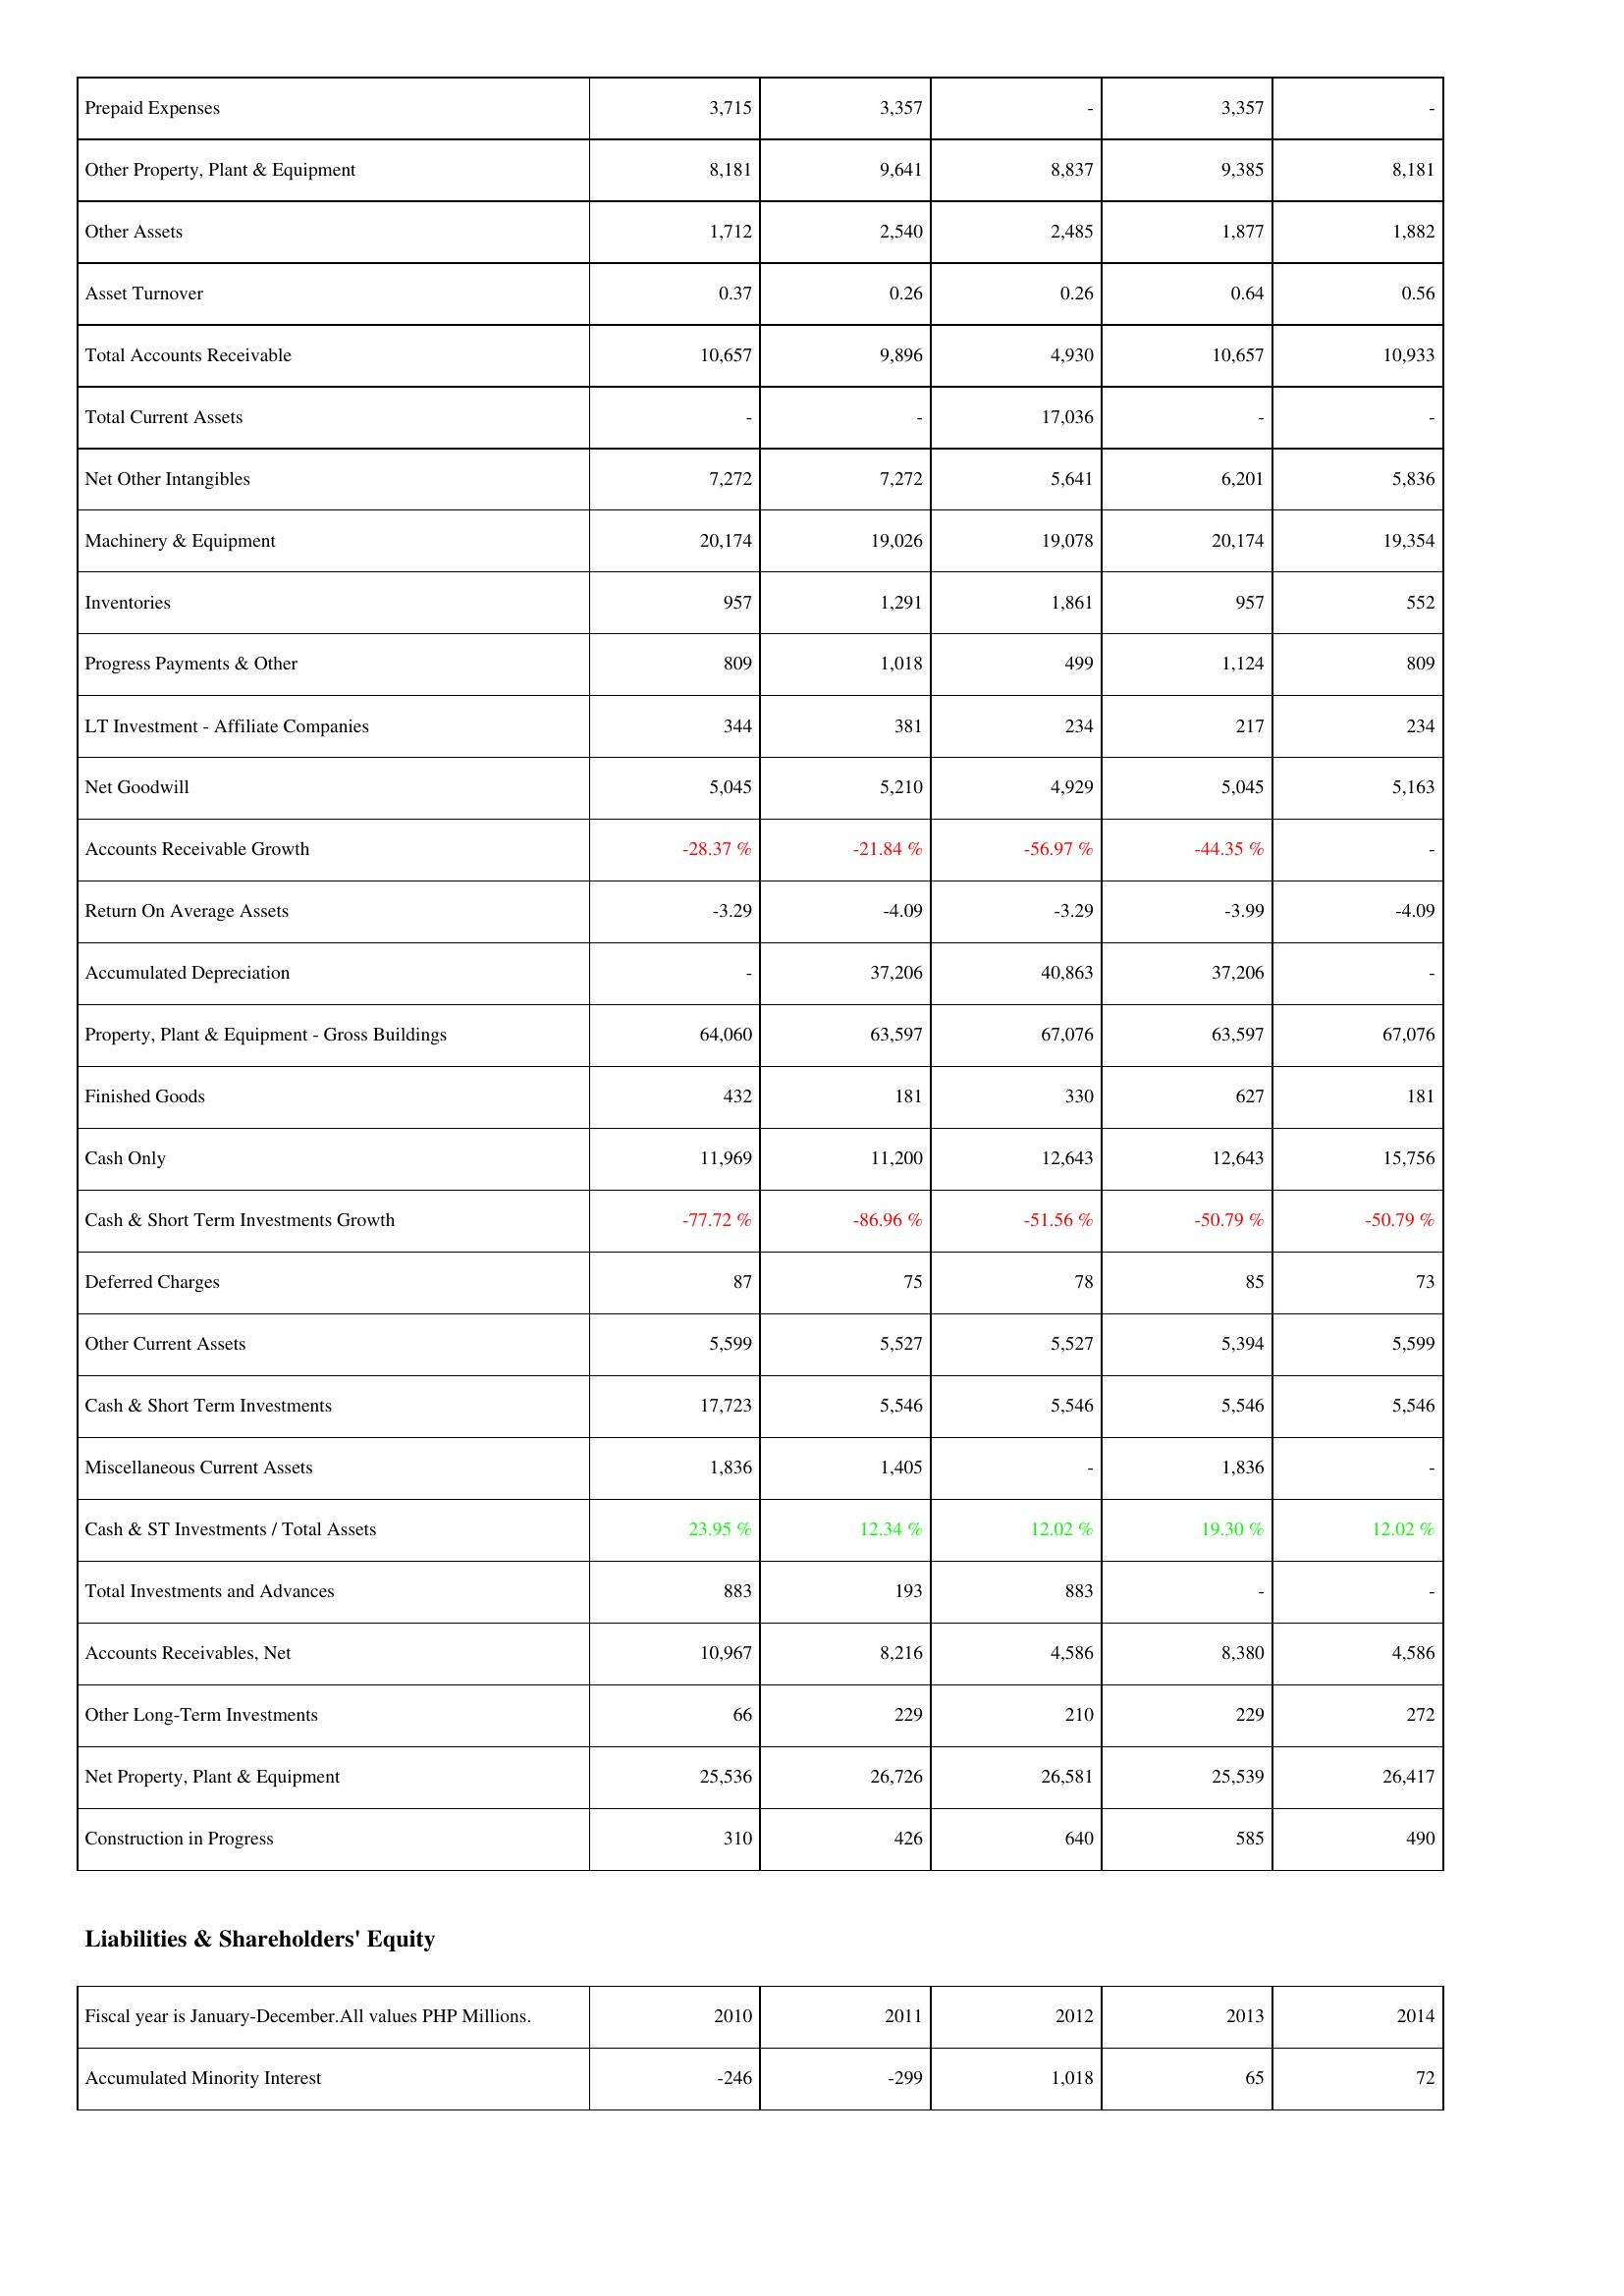
2010: Assets: Prepaid Expenses: 3,715
Other Property, Plant & Equipment: 8,181
Other Assets: 1,712
Asset Turnover: 0.37
Total Accounts Receivable: 10,657
Total Current Assets: -
Net Other Intangibles: 7,272
Machinery & Equipment: 20,174
Inventories: 957
Progress Payments & Other: 809
LT Investment - Affiliate Companies: 344
Net Goodwill: 5,045
Accounts Receivable Growth: -28.37 %
Return On Average Assets: -3.29
Accumulated Depreciation: -
Property, Plant & Equipment - Gross Buildings: 64,060
Finished Goods: 432
Cash Only: 11,969
Cash & Short Term Investments Growth: -77.72 %
Deferred Charges: 87
Other Current Assets: 5,599
Cash & Short Term Investments: 17,723
Miscellaneous Current Assets: 1,836
Cash & ST Investments / Total Assets: 23.95 %
Total Investments and Advances: 883
Accounts Receivables, Net: 10,967
Other Long-Term Investments: 66
Net Property, Plant & Equipment: 25,536
Construction in Progress: 310
Liabilities & Shareholders' Equity: Accumulated Minority Interest: -246
2011: Assets: Prepaid Expenses: 3,357
Other Property, Plant & Equipment: 9,641
Other Assets: 2,540
Asset Turnover: 0.26
Total Accounts Receivable: 9,896
Total Current Assets: -
Net Other Intangibles: 7,272
Machinery & Equipment: 19,026
Inventories: 1,291
Progress Payments & Other: 1,018
LT Investment - Affiliate Companies: 381
Net Goodwill: 5,210
Accounts Receivable Growth: -21.84 %
Return On Average Assets: -4.09
Accumulated Depreciation: 37,206
Property, Plant & Equipment - Gross Buildings: 63,597
Finished Goods: 181
Cash Only: 11,200
Cash & Short Term Investments Growth: -86.96 %
Deferred Charges: 75
Other Current Assets: 5,527
Cash & Short Term Investments: 5,546
Miscellaneous Current Assets: 1,405
Cash & ST Investments / Total Assets: 12.34 %
Total Investments and Advances: 193
Accounts Receivables, Net: 8,216
Other Long-Term Investments: 229
Net Property, Plant & Equipment: 26,726
Construction in Progress: 426
Liabilities & Shareholders' Equity: Accumulated Minority Interest: -299
2012: Assets: Prepaid Expenses: -
Other Property, Plant & Equipment: 8,837
Other Assets: 2,485
Asset Turnover: 0.26
Total Accounts Receivable: 4,930
Total Current Assets: 17,036
Net Other Intangibles: 5,641
Machinery & Equipment: 19,078
Inventories: 1,861
Progress Payments & Other: 499
LT Investment - Affiliate Companies: 234
Net Goodwill: 4,929
Accounts Receivable Growth: -56.97 %
Return On Average Assets: -3.29
Accumulated Depreciation: 40,863
Property, Plant & Equipment - Gross Buildings: 67,076
Finished Goods: 330
Cash Only: 12,643
Cash & Short Term Investments Growth: -51.56 %
Deferred Charges: 78
Other Current Assets: 5,527
Cash & Short Term Investments: 5,546
Miscellaneous Current Assets: -
Cash & ST Investments / Total Assets: 12.02 %
Total Investments and Advances: 883
Accounts Receivables, Net: 4,586
Other Long-Term Investments: 210
Net Property, Plant & Equipment: 26,581
Construction in Progress: 640
Liabilities & Shareholders' Equity: Accumulated Minority Interest: 1,018
2013: Assets: Prepaid Expenses: 3,357
Other Property, Plant & Equipment: 9,385
Other Assets: 1,877
Asset Turnover: 0.64
Total Accounts Receivable: 10,657
Total Current Assets: -
Net Other Intangibles: 6,201
Machinery & Equipment: 20,174
Inventories: 957
Progress Payments & Other: 1,124
LT Investment - Affiliate Companies: 217
Net Goodwill: 5,045
Accounts Receivable Growth: -44.35 %
Return On Average Assets: -3.99
Accumulated Depreciation: 37,206
Property, Plant & Equipment - Gross Buildings: 63,597
Finished Goods: 627
Cash Only: 12,643
Cash & Short Term Investments Growth: -50.79 %
Deferred Charges: 85
Other Current Assets: 5,394
Cash & Short Term Investments: 5,546
Miscellaneous Current Assets: 1,836
Cash & ST Investments / Total Assets: 19.30 %
Total Investments and Advances: -
Accounts Receivables, Net: 8,380
Other Long-Term Investments: 229
Net Property, Plant & Equipment: 25,539
Construction in Progress: 585
Liabilities & Shareholders' Equity: Accumulated Minority Interest: 65
2014: Assets: Prepaid Expenses: -
Other Property, Plant & Equipment: 8,181
Other Assets: 1,882
Asset Turnover: 0.56
Total Accounts Receivable: 10,933
Total Current Assets: -
Net Other Intangibles: 5,836
Machinery & Equipment: 19,354
Inventories: 552
Progress Payments & Other: 809
LT Investment - Affiliate Companies: 234
Net Goodwill: 5,163
Accounts Receivable Growth: -
Return On Average Assets: -4.09
Accumulated Depreciation: -
Property, Plant & Equipment - Gross Buildings: 67,076
Finished Goods: 181
Cash Only: 15,756
Cash & Short Term Investments Growth: -50.79 %
Deferred Charges: 73
Other Current Assets: 5,599
Cash & Short Term Investments: 5,546
Miscellaneous Current Assets: -
Cash & ST Investments / Total Assets: 12.02 %
Total Investments and Advances: -
Accounts Receivables, Net: 4,586
Other Long-Term Investments: 272
Net Property, Plant & Equipment: 26,417
Construction in Progress: 490
Liabilities & Shareholders' Equity: Accumulated Minority Interest: 72